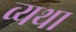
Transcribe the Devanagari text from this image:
व्‍यथा